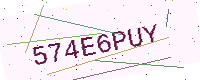
Text: 574E6PUY